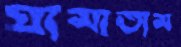
ঘামাতাম